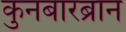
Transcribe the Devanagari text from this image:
कुनबारब्रान